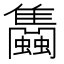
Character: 𧕣